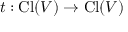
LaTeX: t : \operatorname { C l } ( V ) \to \operatorname { C l } ( V )